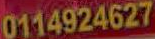
0114924627